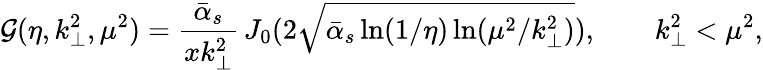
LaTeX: {\cal G}(\eta,k_{\perp}^{2},\mu^{2})=\frac{\bar{\alpha}_{s}}{xk_{\perp}^{2}}\, J_{0}(2\sqrt{\bar{\alpha}_{s}\ln(1/\eta)\ln(\mu^{2}/k_{\perp}^{2})}),\qquad k_{\perp}^{2}<\mu^{2},